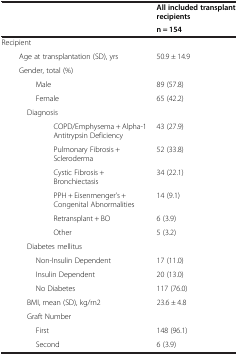
<table><thead><tr><td><b> </b></td><td><b>All included transplant</b></td></tr><tr><td><b> </b></td><td><b>recipients</b></td></tr><tr><td><b> </b></td><td><b>n = 154</b></td></tr></thead><tbody><tr><td>Recipient</td><td> </td></tr><tr><td>Age at transplantation (SD), yrs</td><td>50.9 ± 14.9</td></tr><tr><td>Gender, total (%)</td><td> </td></tr><tr><td>Male</td><td>89 (57.8)</td></tr><tr><td>Female</td><td>65 (42.2)</td></tr><tr><td>Diagnosis</td><td> </td></tr><tr><td>COPD/Emphysema + Alpha-1 Antitrypsin Deficiency</td><td>43 (27.9)</td></tr><tr><td>Pulmonary Fibrosis + Scleroderma</td><td>52 (33.8)</td></tr><tr><td>Cystic Fibrosis + Bronchiectasis</td><td>34 (22.1)</td></tr><tr><td>PPH + Eisenmenger’s + Congenital Abnormalities</td><td>14 (9.1)</td></tr><tr><td>Retransplant + BO</td><td>6 (3.9)</td></tr><tr><td>Other</td><td>5 (3.2)</td></tr><tr><td>Diabetes mellitus</td><td> </td></tr><tr><td>Non-Insulin Dependent</td><td>17 (11.0)</td></tr><tr><td>Insulin Dependent</td><td>20 (13.0)</td></tr><tr><td>No Diabetes</td><td>117 (76.0)</td></tr><tr><td>BMI, mean (SD), kg/rn2</td><td>23.6 ± 4.8</td></tr><tr><td>Graft Number</td><td> </td></tr><tr><td>First</td><td>148 (96.1)</td></tr><tr><td>Second</td><td>6 (3.9)</td></tr></tbody></table>